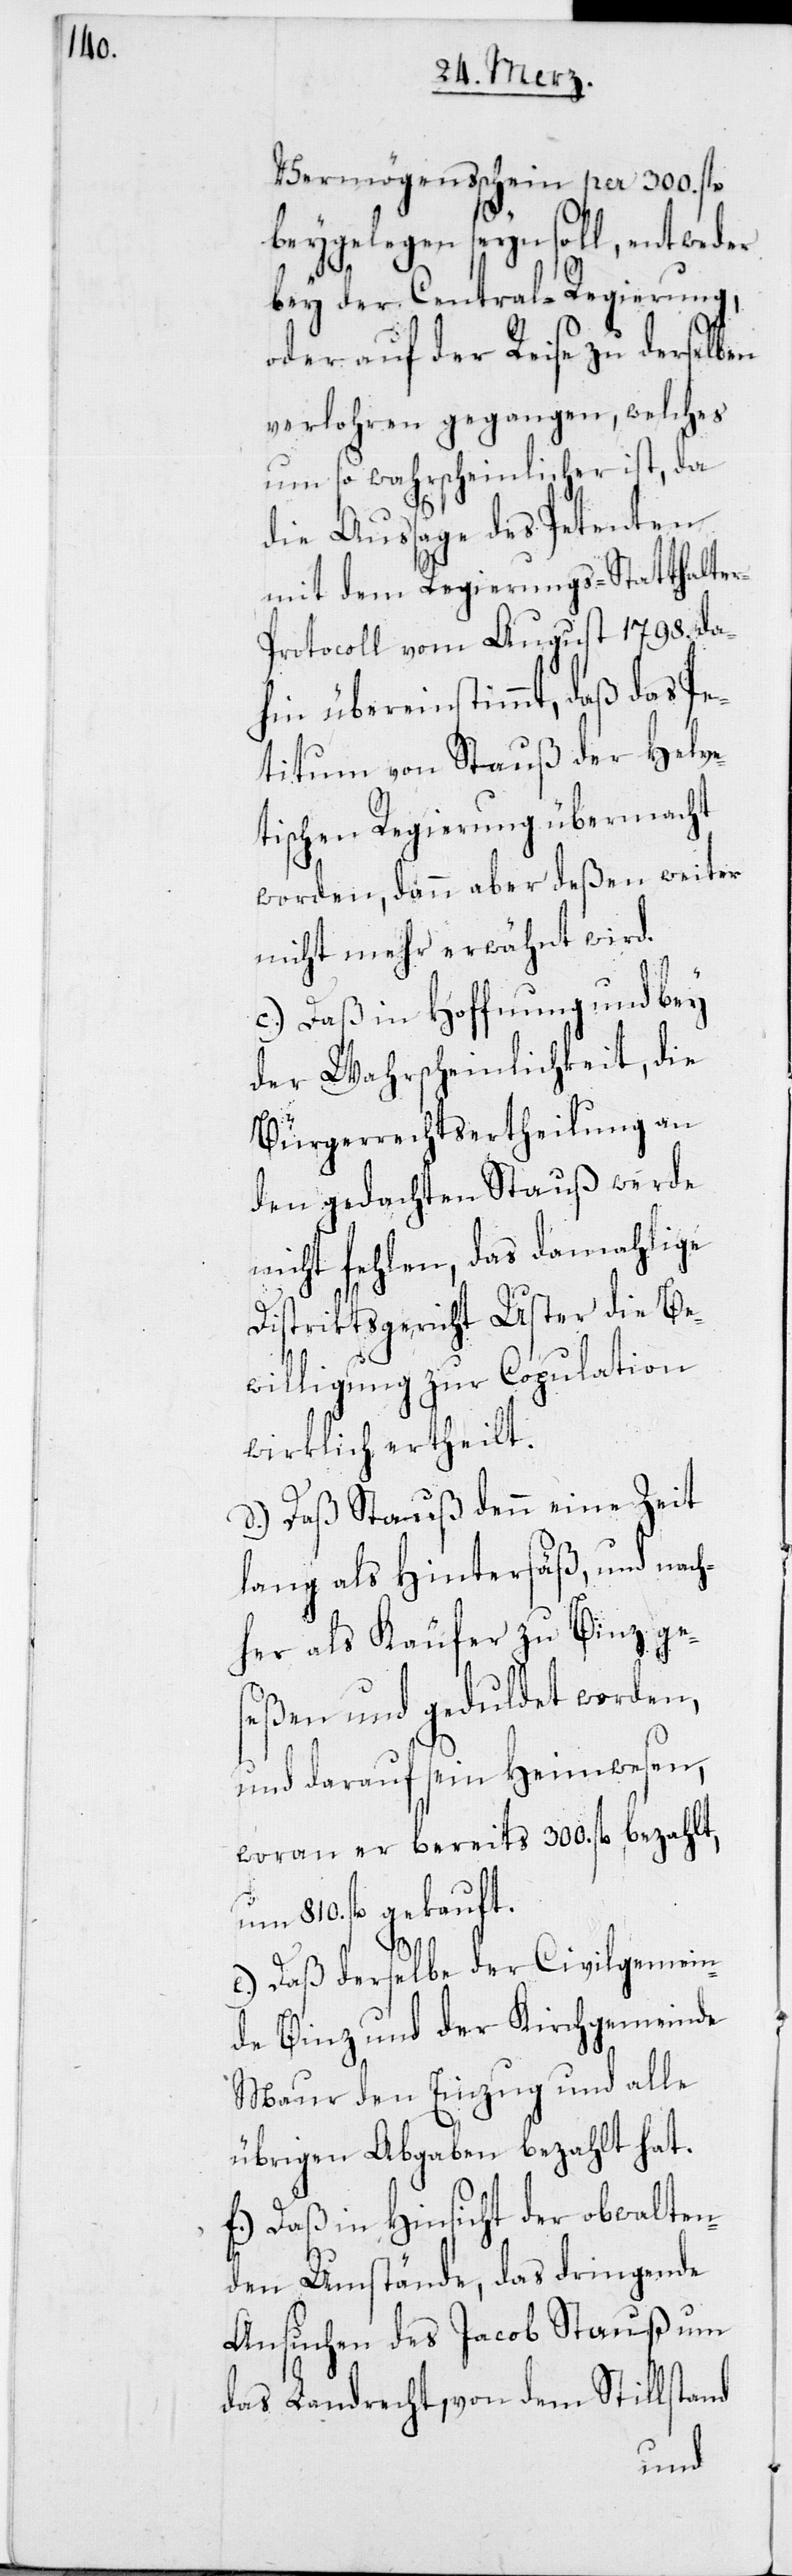
Vermögensschein per 300. fl.
beygelegen sein soll, entweder
bey der Central-Regierung,
oder auf der Reise zu derselben
verlohren gegangen, welches
um so wahrscheinlicher ist, da
die Aussage des Petenten
mit dem Regierungs-Statthalte¬
r-Protocoll vom August 1798. da¬
hin übereinstimmt, daß das Pe¬
titum von Stauß der Helve¬
tischen Regierung übermacht
worden, dann aber deßen weiter
nicht mehr erwähnt wird.
c) Daß in Hoffnung und bey
der Wahrscheinlichkeit, die
Bürgerrechtsertheilung an
den gedachten Stauß werde
nicht fehlen, das damahlige
Distriktsgericht Uster die Be¬
willigung zur Copulation
wirklich ertheilt.
d) Daß Stauß denn eine Zeit
lang als Hintersäß, und nach¬
her als Käufer zu Binz ge¬
seßen und geduldet worden,
und darauf sein Heimwesen,
woran er bereits 300. fl. bezahlt,
um 810. fl. gekauft.
e) Daß derselbe der Civilgemein¬
de Binz und der Kirchgemeinde
Maur den Einzug und alle
übrigen Abgaben bezahlt hat.
f) Daß in Hinsicht der obwalten¬
den Umstände, das dringende
Ansuchen des Jacob Stauß um
das Landrecht, von dem Stillstand